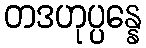
တဒဟုပ္ပန္နေ